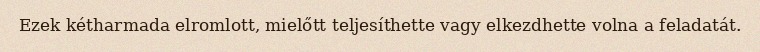
Ezek kétharmada elromlott, mielőtt teljesíthette vagy elkezdhette volna a feladatát.